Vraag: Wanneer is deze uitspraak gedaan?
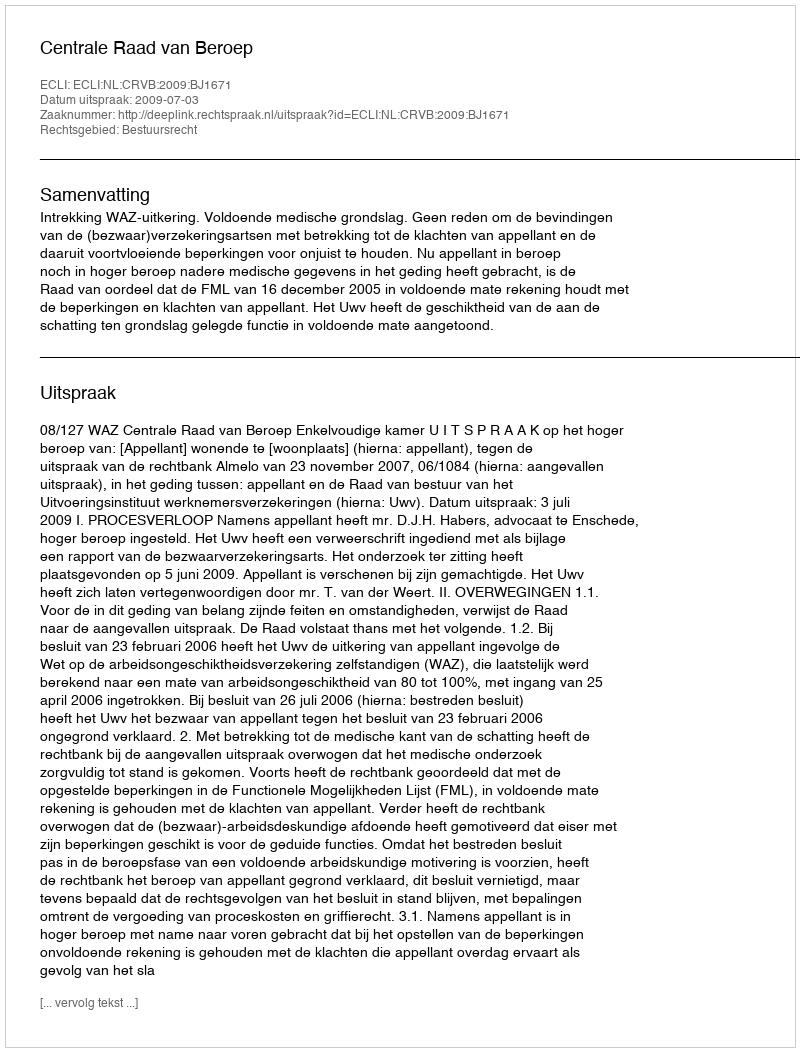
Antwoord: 2009-07-03